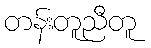
တန်းတူညီတူ